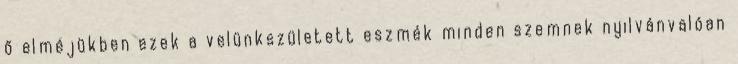
ő elméjükben ezek a velünkszületett eszmék minden szemnek nyilvánvalóan